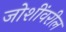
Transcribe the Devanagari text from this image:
जोशींवरील